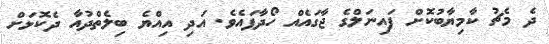
ދެ މެޗު ކާމިޔާބުކޮށް ފައިނަލްގެ ޖާގައެއް ހޯދާފައެވެ. އަދި އިއްޔެ ބިލެތްދުއާ ދެކޮޅަށް